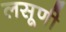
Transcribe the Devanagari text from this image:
लसूणी